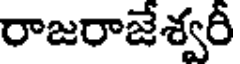
రాజరాజేశ్వరీ